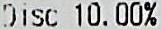
DISC 10.00%